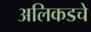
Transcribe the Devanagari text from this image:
अलिकडचे